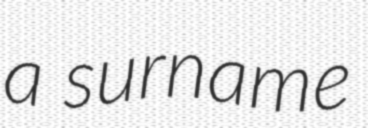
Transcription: a surname